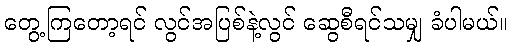
တွေ့ကြတော့ရင် လွင်အပြစ်နဲ့လွင် ဆွေစီရင်သမျှ ခံပါမယ်။